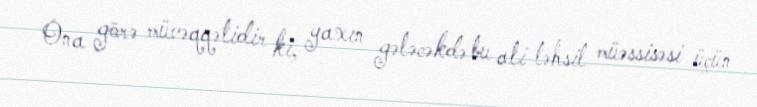
Ona görə müvəqqətidir ki, yaxın gələcəkdə bu ali təhsil müəssisəsi üçün